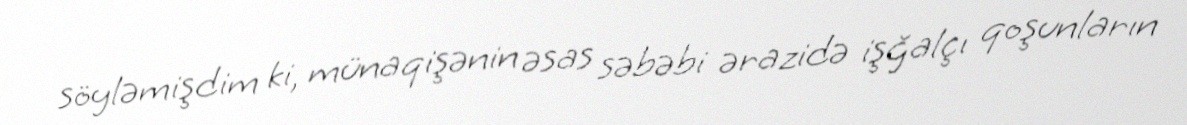
söyləmişdim ki, münaqişənin əsas səbəbi ərazidə işğalçı qoşunların